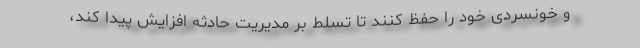
و خونسردی خود را حفظ کنند تا تسلط بر مدیریت حادثه افزایش پیدا کند،